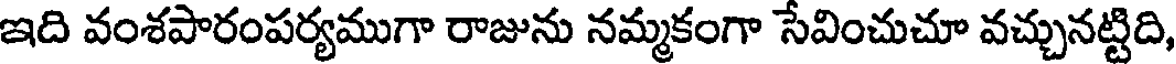
ఇది వంశపారంపర్యముగా రాజును నమ్మకంగా సేవించుచూ వచ్చునట్టిది,